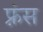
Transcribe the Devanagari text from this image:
फ़्रंस